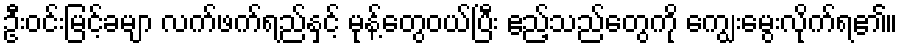
ဦးဝင်းမြင့်ခမျာ လက်ဖက်ရည်နှင့် မုန့်တွေဝယ်ပြီး ဧည့်သည်တွေကို ကျွေးမွေးလိုက်ရ၏။